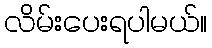
လိမ်းပေးရပါမယ်။